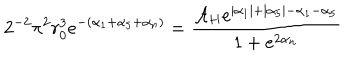
2 ^ { - 2 } \pi ^ { 2 } r _ { 0 } ^ { 3 } e ^ { - ( \alpha _ { 1 } + \alpha _ { 5 } + \alpha _ { n } ) } = \frac { { \cal A } _ { H } e ^ { | \alpha _ { 1 } | + | \alpha _ { 5 } | - \alpha _ { 1 } - \alpha _ { 5 } } } { 1 + e ^ { 2 \alpha _ { n } } }